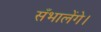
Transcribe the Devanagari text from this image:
सँभालेंगे।